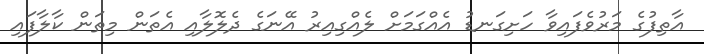
އާތިފުގެ މަރުވެފައިވާ ހަށިގަނޑު އެއްގަމަށް ލެއްގިއިރު އޭނަގެ ދެލޮލާއި އެތަން މިތަން ކާލާފައި